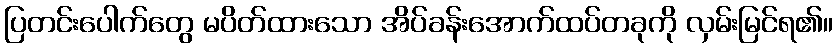
ပြတင်းပေါက်တွေ မပိတ်ထားသော အိပ်ခန်းအောက်ထပ်တခုကို လှမ်းမြင်ရ၏။